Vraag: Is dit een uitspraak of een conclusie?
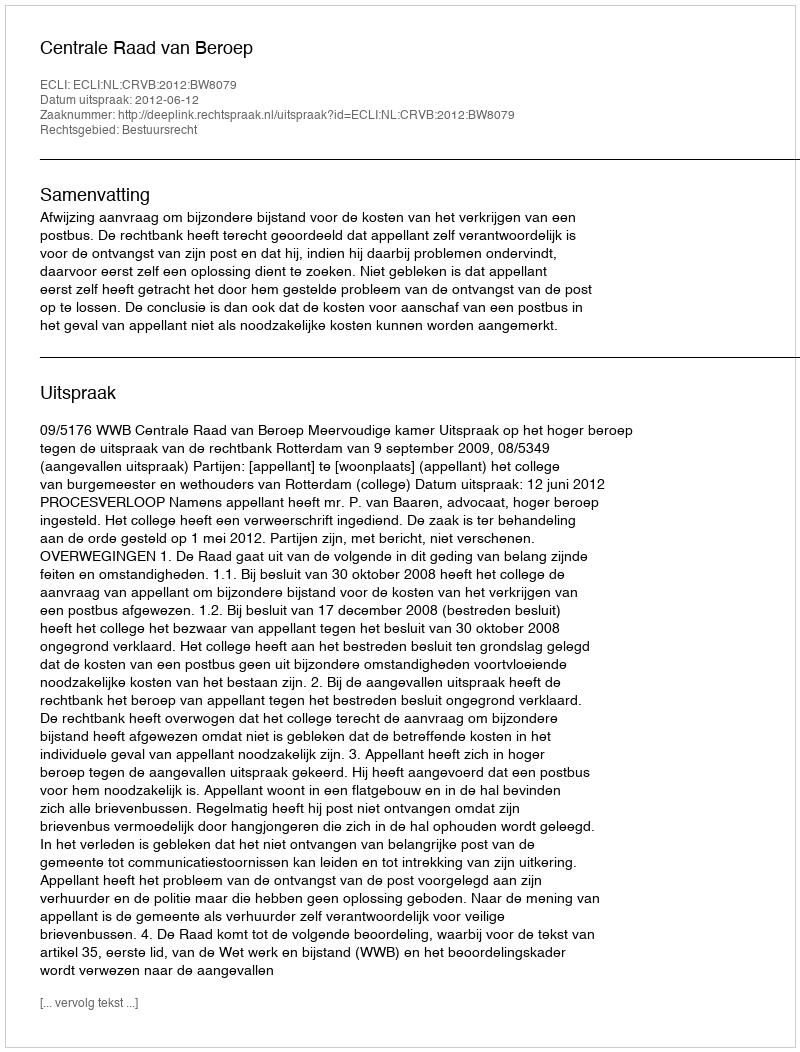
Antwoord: Uitspraak